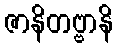
ဇာနိတဗ္ဗာနိ